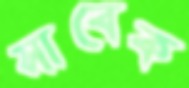
সাবেক